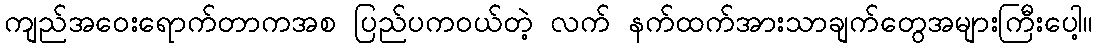
ကျည်အဝေးရောက်တာကအစ ပြည်ပကဝယ်တဲ့ လက် နက်ထက်အားသာချက်တွေအများကြီးပေါ့။